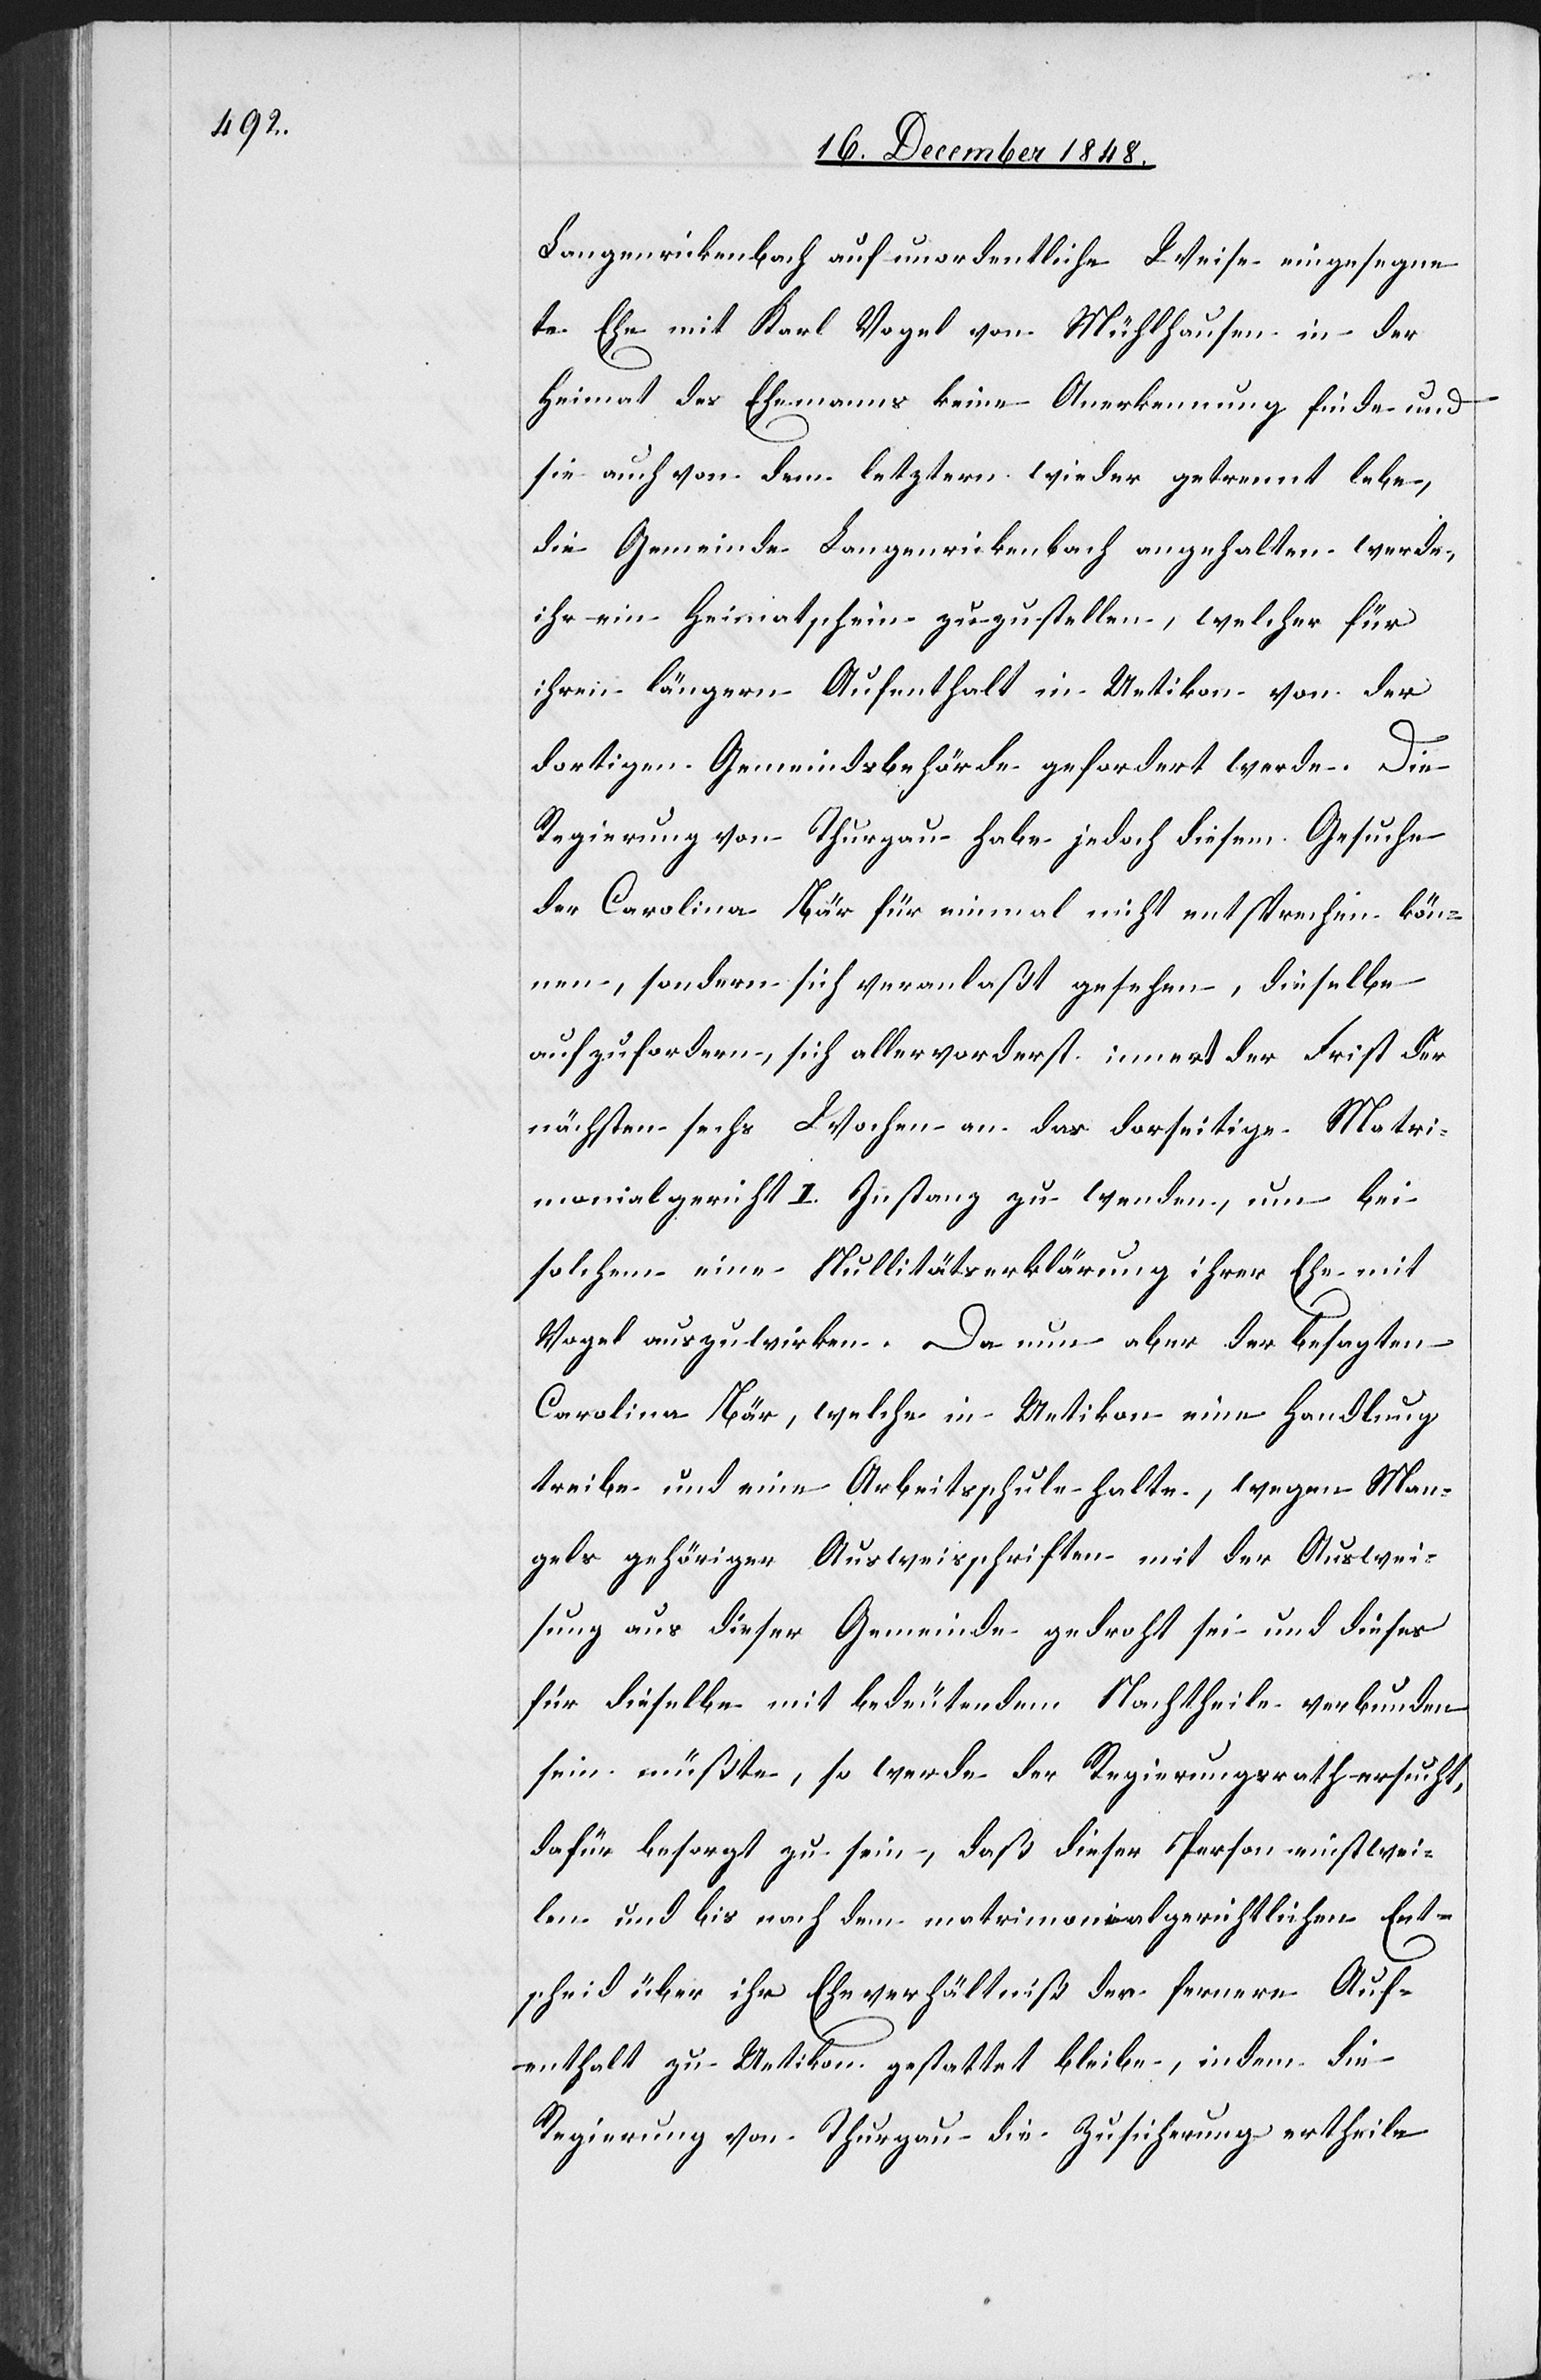
Langenrickenbach auf unordentliche Weise eingesegne¬
te Ehe mit Karl Vogel von Mühlhausen in der
Heimat des Ehemanns keine Anerkennung finde und
sie auch von dem letztern wieder getrennt lebe,
die Gemeinde Langenrickenbach angehalten werde,
ihr ein Heimatschein zuzustellen, welcher für
ihren längern Aufenthalt in Uetikon von der
dortigen Gemeindsbehörde gefordert werde. Die
Regierung von Thurgau habe jedoch diesem Gesuche
der Carolina Bär für einmal nicht entsprechen kön¬
nen, sondern sich veranlaßt gesehen, dieselbe
aufzufordern, sich allervorderst innert der Frist der
nächsten sechs Wochen an das dor[t]seitige Matri¬
monialgericht I. Instanz zu wenden, um bei
solchem eine Nullitätserklärung ihrer Ehe mit
Vogel auszuwirken. Da nun aber der besagten
Carolina Bär, welche in Uetikon eine Handlung
treibe und eine Arbeitsschule halte, wegen Man¬
gels gehöriger Ausweisschriften mit der Auswei¬
sung aus dieser Gemeinde gedroht sei und dieses
für dieselbe mit bedeutendem Nachtheile verbunden
sein müßte, so werde der Regierungsrath ersucht,
dafür besorgt zu sein, daß dieser Person einstwei¬
len und bis nach dem matrimonialgerichtlichen Ent¬
scheid über ihr Eheverhältniß der fernere Auf¬
enthalt zu Uetikon gestattet bleibe, indem die
Regierung von Thurgau die Zusicherung ertheile